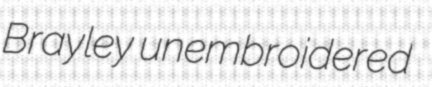
Brayley unembroidered